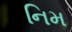
નિમ